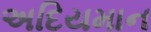
અદિયમાન